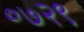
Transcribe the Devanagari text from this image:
०७२९